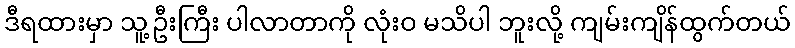
ဒီရထားမှာ သူ့ဦးကြီး ပါလာတာကို လုံးဝ မသိပါ ဘူးလို့ ကျမ်းကျိန်ထွက်တယ်